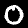
Digit: 0